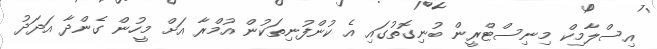
އިސްލާމިކް މިނިސްޓްރީން ބުނިގޮތުގައި އެ ކުންފުނިތަކުން އުމްރާ އަށް މީހުން ގެންދާ އަދަދު